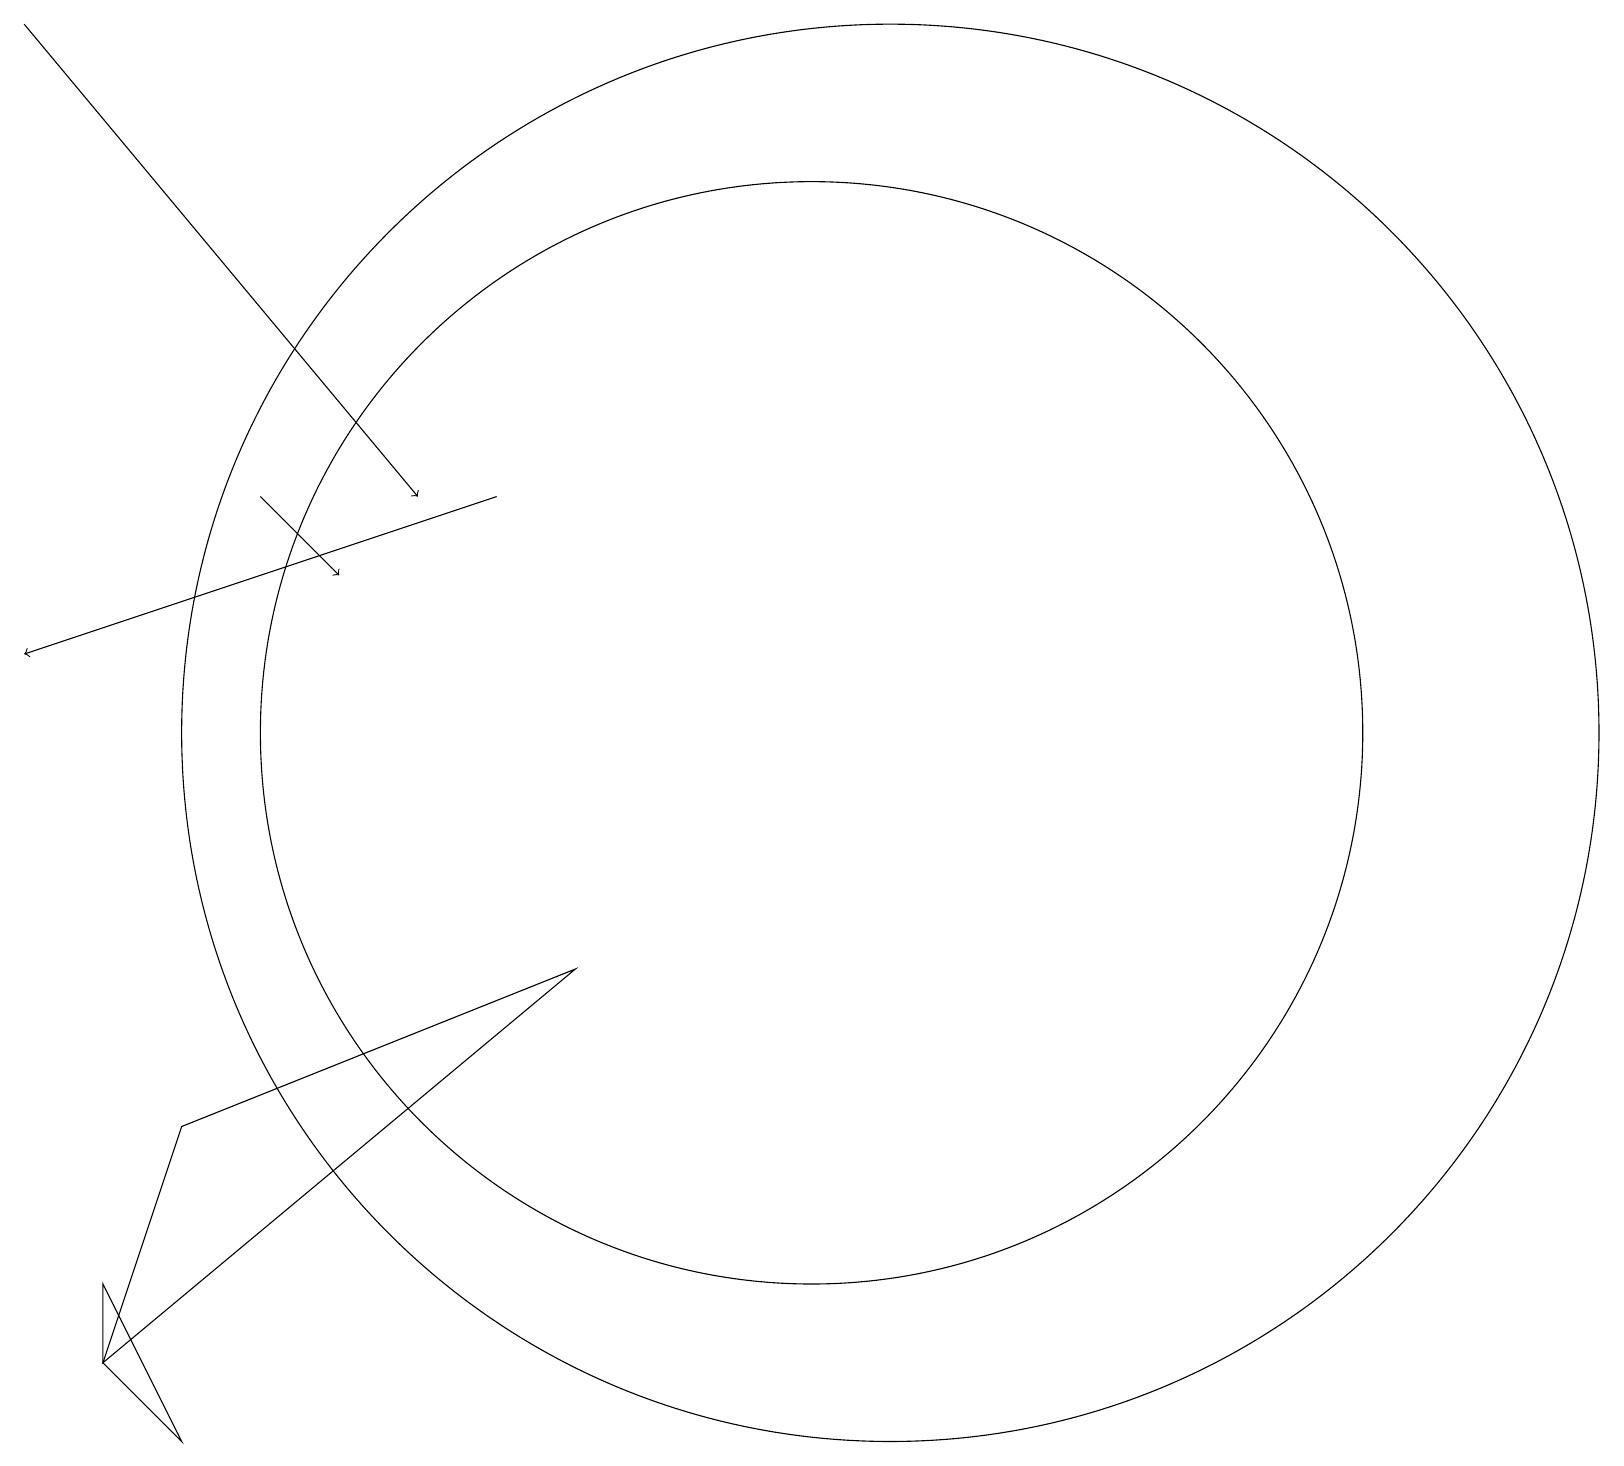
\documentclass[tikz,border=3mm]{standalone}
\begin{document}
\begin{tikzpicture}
\draw (2,1) -- (1,2) -- (1,3) -- cycle;
\draw (11,10) circle (9);
\draw (10,10) circle (7);
\draw (11,11) circle (0);
\draw[->] (3,13) -- (4,12);
\draw[->] (6,13) -- (0,11);
\draw[->] (0,19) -- (5,13);
\draw (7,7) -- (2,5) -- (1,2) -- cycle;
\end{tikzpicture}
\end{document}